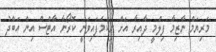
މަރިޔަމް ނާޒިމާ ފިލްމީ ދާއިރާ އަށް ނިކުމެފައިވަނީ ކޮރޯނާ އާޓްސް އިން އަބްދު